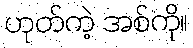
ဟုတ်ကဲ့ အစ်ကို။